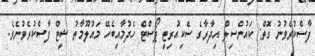
ފާސްކުރެވުނު ގޮތް: ކައުންސިލް އިދާރާގެ ސެކިއުރިޓީ ޕޯސްޓް ހެދުމާއިބެހޭ މައުލޫމާތު ޝީޓް ފާސްކުރެވުނެވެ.